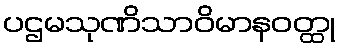
ပဌမသုဏိသာဝိမာနဝတ္ထု